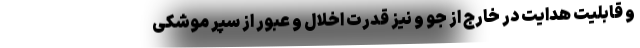
و قابلیت هدایت در خارج از جو و نیز قدرت اخلال و عبور از سپر موشکی